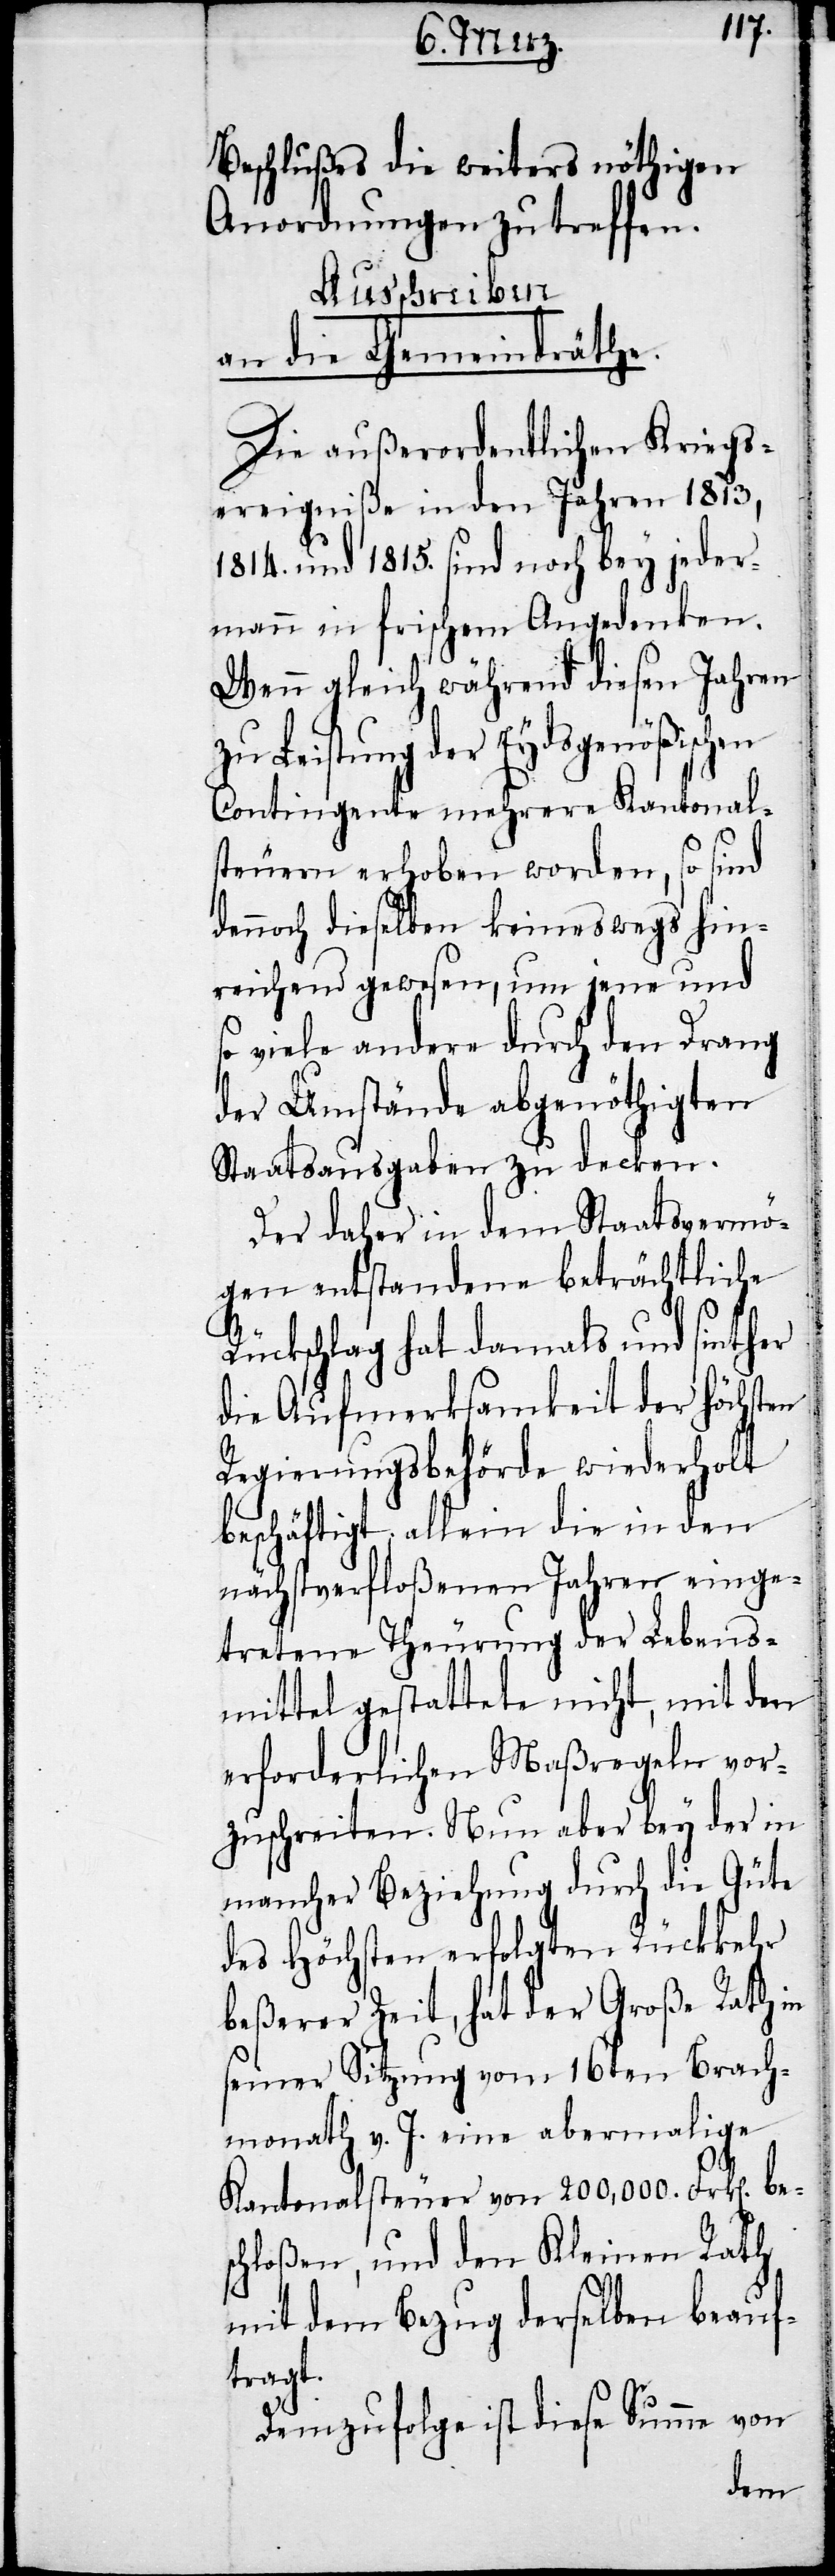
Beschlußes die weiters nöthigen
Anordnungen zu treffen.
Ausschreiben
an die Gemeindräthe.
Die außerordentlichen Kriegs¬
ereigniße in den Jahren 1813,
1814. und 1815. sind noch bey jeder¬
mann in frischem Angedenken.
Wenn gleich während diesen Jahren
zu Leistung der Eydsgenößischen
Contingente mehrere Kantonal¬
steuern erhoben worden, so sind
noch dieselben keineswegs hin¬
reichend gewesen, um jene und
so viele andere durch den Drang
der Umstände abgenöthigten
Staatsausgaben zu decken.
Der daher in dem Staatsvermö¬
gen entstandene beträchtliche
Rückschlag hat damals und sinther
die Aufmerksamkeit der höchsten
Regierungsbehörde wiederholt
beschäftigt, allein die in den
nächstverfloßenen Jahren einge¬
tretene Theurung der Lebens¬
mittel gestattete nicht, mit den
erforderlichen Maßregeln vor¬
zuschreiten. Nun aber bey der in
mancher Beziehung durch die Güte
des Höchsten erfolgten Rückkehr
beßerer Zeit, hat der Große Rath in
seiner Sitzung vom 16ten Brach¬
monath v. J. eine abermalige
Kantonalsteuer von 200,000. Frk[en]. be¬
schloßen, und den Kleinen Rath
mit dem Bezug derselben beauf¬
tragt.
Demzufolge ist diese Summe von
den¬